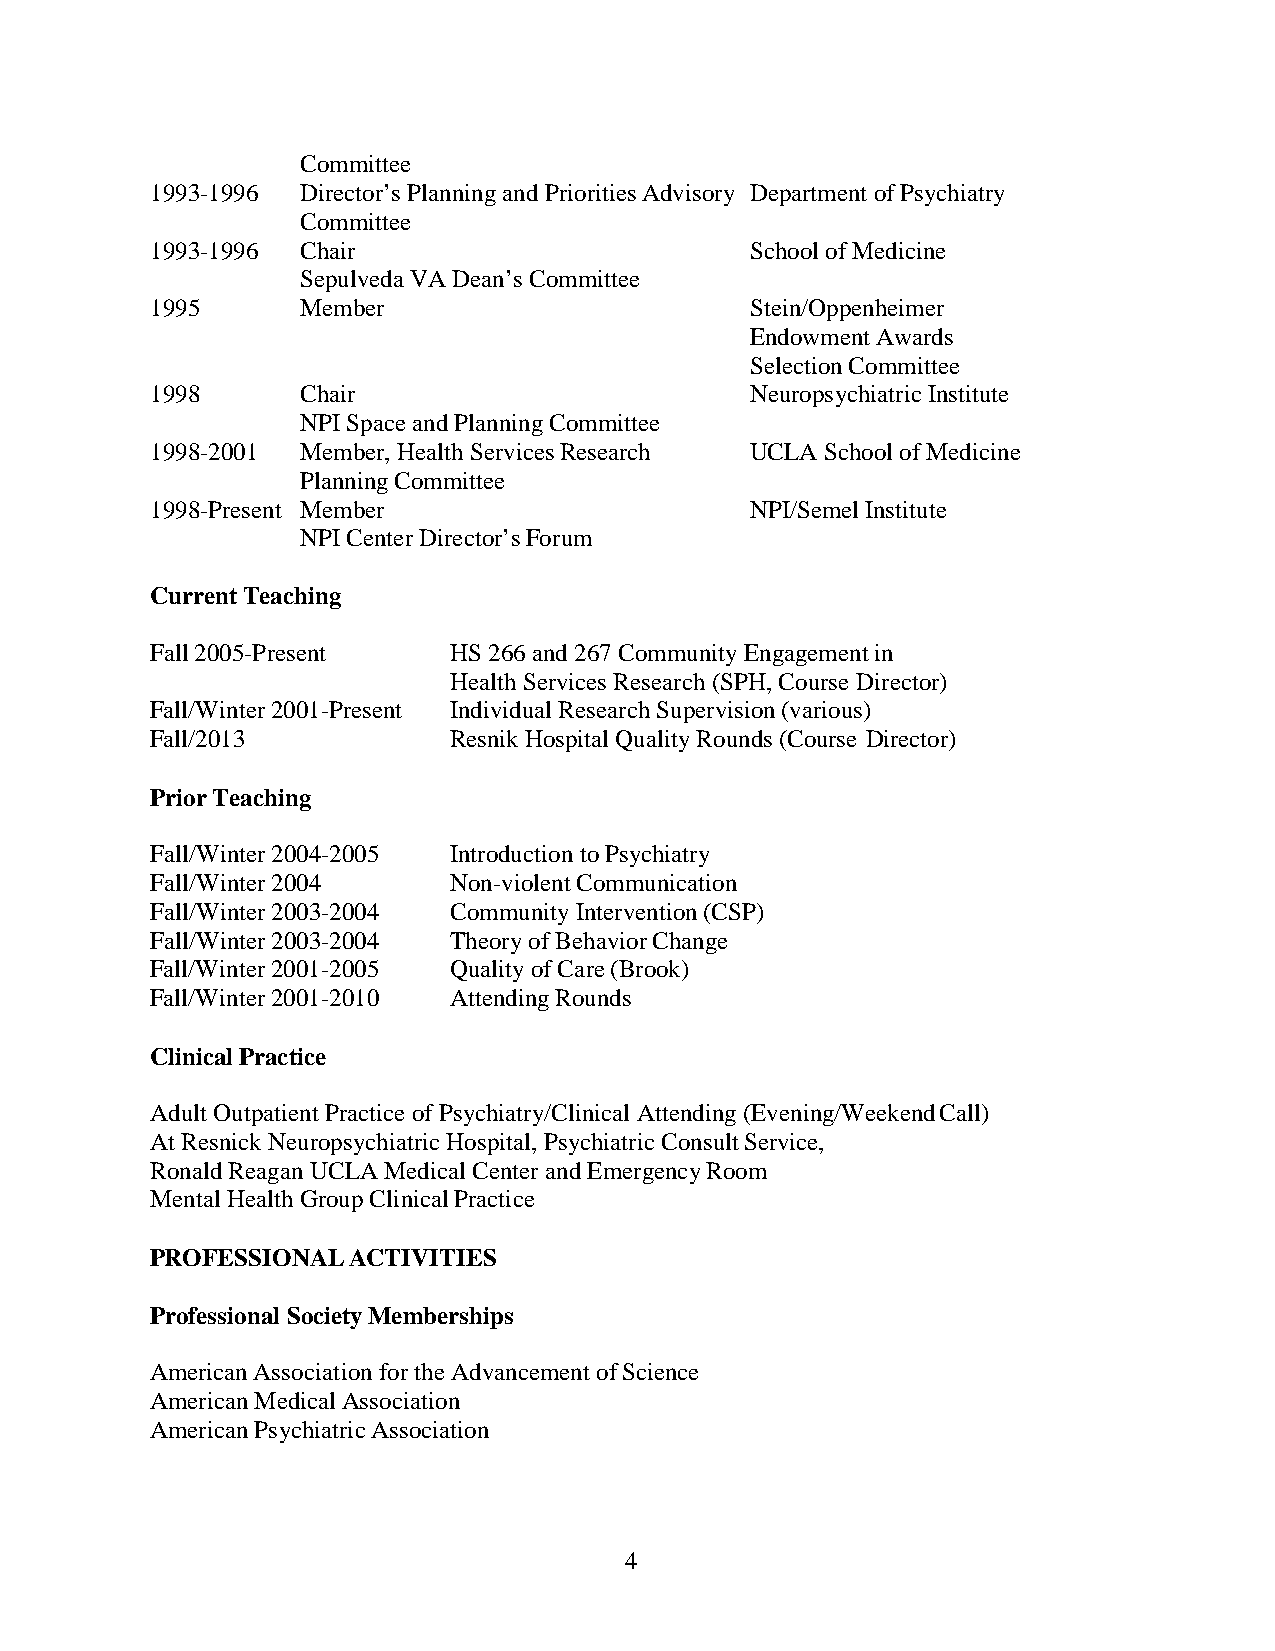
Committee
 1993-1996 Director’s Planning and Priorities Advisory Department of Psychiatry
 Committee
 1993-1996 Chair                         School of Medicine
 Sepulveda VA Dean’s Committee
 1995      Member                        Stein/Oppenheimer
 Endowment Awards
 Selection Committee
 1998      Chair                         Neuropsychiatric Institute
 NPI Space and Planning Committee
 1998-2001 Member, Health Services Research UCLA School of Medicine
 Planning Committee
 1998-Present Member                     NPI/Semel Institute
 NPI Center Director’s Forum
 Current Teaching
 Fall 2005-Present   HS 266 and 267 Community Engagement in
 Health Services Research (SPH, Course Director)
 Fall/Winter 2001-Present Individual Research Supervision (various)
 Fall/2013           Resnik Hospital Quality Rounds (Course Director)
 Prior Teaching
 Fall/Winter 2004-2005 Introduction to Psychiatry
 Fall/Winter 2004    Non-violent Communication
 Fall/Winter 2003-2004 Community Intervention (CSP)
 Fall/Winter 2003-2004 Theory of Behavior Change
 Fall/Winter 2001-2005 Quality of Care (Brook)
 Fall/Winter 2001-2010 Attending Rounds
 Clinical Practice
 Adult Outpatient Practice of Psychiatry/Clinical Attending (Evening/Weekend Call)
 At Resnick Neuropsychiatric Hospital, Psychiatric Consult Service,
 Ronald Reagan UCLA Medical Center and Emergency Room
 Mental Health Group Clinical Practice
 PROFESSIONAL ACTIVITIES
 Professional Society Memberships
 American Association for the Advancement of Science
 American Medical Association
 American Psychiatric Association
 4